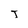
Character: T